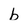
Character: b